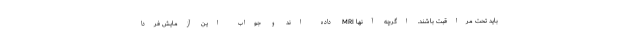
باید تحت مراقبت باشند. اگرچه آنها MRI داده اند و جواب این آزمایش فردا